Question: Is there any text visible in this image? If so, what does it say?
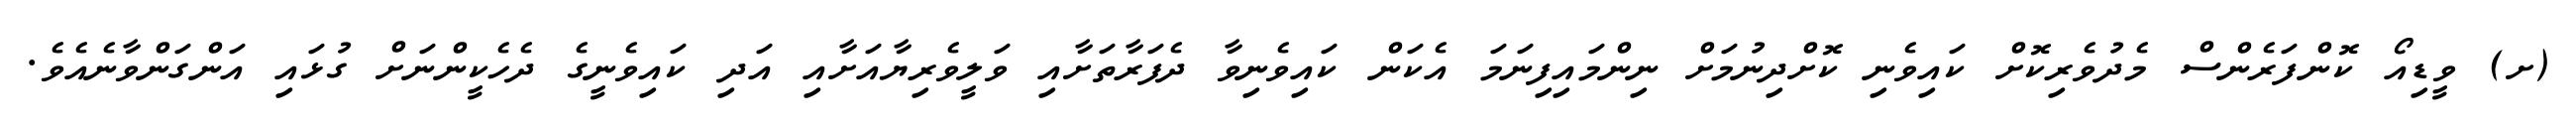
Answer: (ށ) ވީޑިއޯ ކޮންފަރެންސް މެދުވެރިކޮށް ކައިވެނި ކޮށްދިނުމަށް ނިންމައިފިނަމަ އެކަން ކައިވެނިވާ ދެފަރާތަށާއި ވަލީވެރިޔާއަށާއި އަދި ކައިވެނީގެ ދެހެކީންނަށް ގުޅައި އަންގަންވާނެއެވެ.